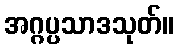
အဂ္ဂပ္ပသာဒသုတ်။